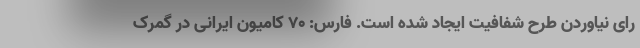
رای نیاوردن طرح شفافیت ایجاد شده است. فارس: ۷۰ کامیون ایرانی در گمرک